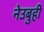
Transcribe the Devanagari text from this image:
नेउबुही